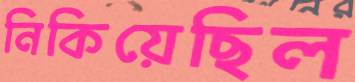
নিকিয়েছিল